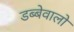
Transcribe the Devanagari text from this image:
डब्बेवालो